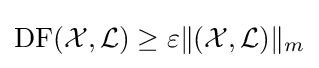
\operatorname {DF} ({\mathcal {X}},{\mathcal {L}})\geq \varepsilon \|({\mathcal {X}},{\mathcal {L}})\|_{m}